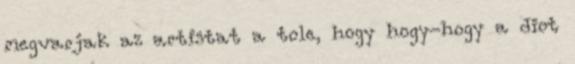
megvarjak az artistat a tole, hogy hogy-hogy a diot